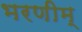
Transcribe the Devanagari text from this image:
भरणीम्